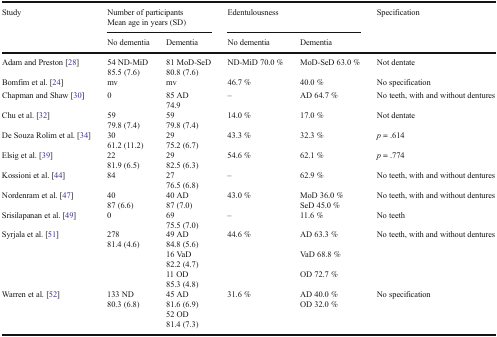
| <ROWSPAN=2> Study | <COLSPAN=2> Number of participantsMean age in years (SD) | <COLSPAN=2> Edentulousness | <ROWSPAN=2> Specification |
 | No dementia | Dementia | No dementia | Dementia |
 | --- | --- | --- | --- | --- | --- |
 | Adam and Preston [28] | 54 ND-MiD85.5 (7.6) | 81 MoD-SeD80.8 (7.6) | ND-MiD 70.0 % | MoD-SeD 63.0 % | Not dentate |
 | Bomfim et al. [24] | mv | mv | 46.7 % | 40.0 % | No specification |
 | Chapman and Shaw [30] | 0 | 85 AD74.9 | – | AD 64.7 % | No teeth, with and without dentures |
 | Chu et al. [32] | 5979.8 (7.4) | 5979.8 (7.4) | 14.0 % | 17.0 % | Not dentate |
 | De Souza Rolim et al. [34] | 3061.2 (11.2) | 2975.2 (6.7) | 43.3 % | 32.3 % | p = .614 |
 | Elsig et al. [39] | 2281.9 (6.5) | 2982.5 (6.3) | 54.6 % | 62.1 % | p = .774 |
 | Kossioni et al. [44] | 84 | 2776.5 (6.8) | – | 62.9 % | No teeth, with and without dentures |
 | Nordenram et al. [47] | 4087 (6.6) | 40 AD87 (7.0) | 43.0 % | MoD 36.0 %SeD 45.0 % | No teeth, with and without dentures |
 | Srisilapanan et al. [49] | 0 | 6975.5 (7.0) | – | 11.6 % | No teeth |
 | <ROWSPAN=3> Syrjala et al. [51] | <ROWSPAN=3> 27881.4 (4.6) | 49 AD84.8 (5.6) | 44.6 % | AD 63.3 % | <ROWSPAN=3> No teeth, with and without dentures |
 | 16 VaD82.2 (4.7) |  | VaD 68.8 % |
 | 11 OD85.3 (4.8) |  | OD 72.7 % |
 | Warren et al. [52] | 133 ND80.3 (6.8) | 45 AD81.6 (6.9)52 OD81.4 (7.3) | 31.6 % | AD 40.0 %OD 32.0 % | No specification |